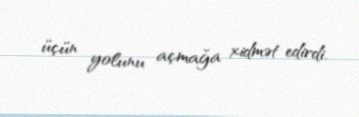
üçün yolunu açmağa xidmət edirdi.